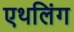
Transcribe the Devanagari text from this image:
एथलिंग